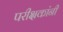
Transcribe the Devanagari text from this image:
परीक्षकांनी